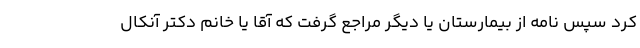
کرد سپس نامه از بیمارستان یا دیگر مراجع گرفت که آقا یا خانم دکتر آنکال